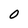
Character: O